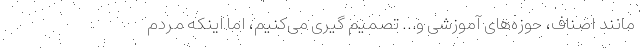
مانند اصناف، حوزه‌های آموزشی و… تصمیم گیری می‌کنیم، اما اینکه مردم